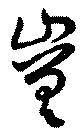
嵯